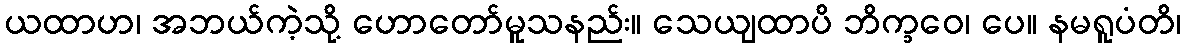
ယထာဟ၊ အဘယ်ကဲ့သို့ ဟောတော်မူသနည်း။ သေယျထာပိ ဘိက္ခဝေ၊ ပေ။ နမရူပံတိ၊